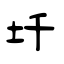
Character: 圲